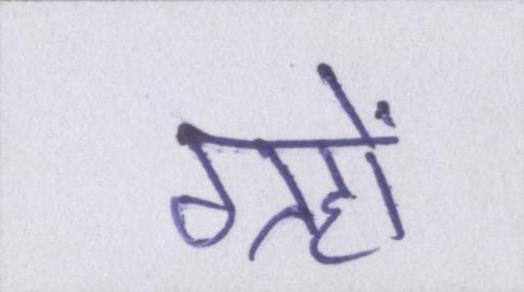
ग्रहों